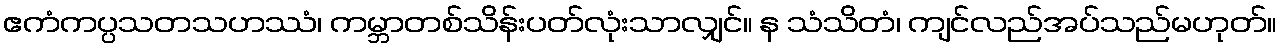
ဧကံကပ္ပသတသဟဿံ၊ ကမ္ဘာတစ်သိန်းပတ်လုံးသာလျှင်။ န သံသိတံ၊ ကျင်လည်အပ်သည်မဟုတ်။